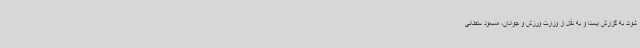
شوند به گزارش ایسنا و به نقل از وزارت ورزش و جوانان، مسعود سلطانی